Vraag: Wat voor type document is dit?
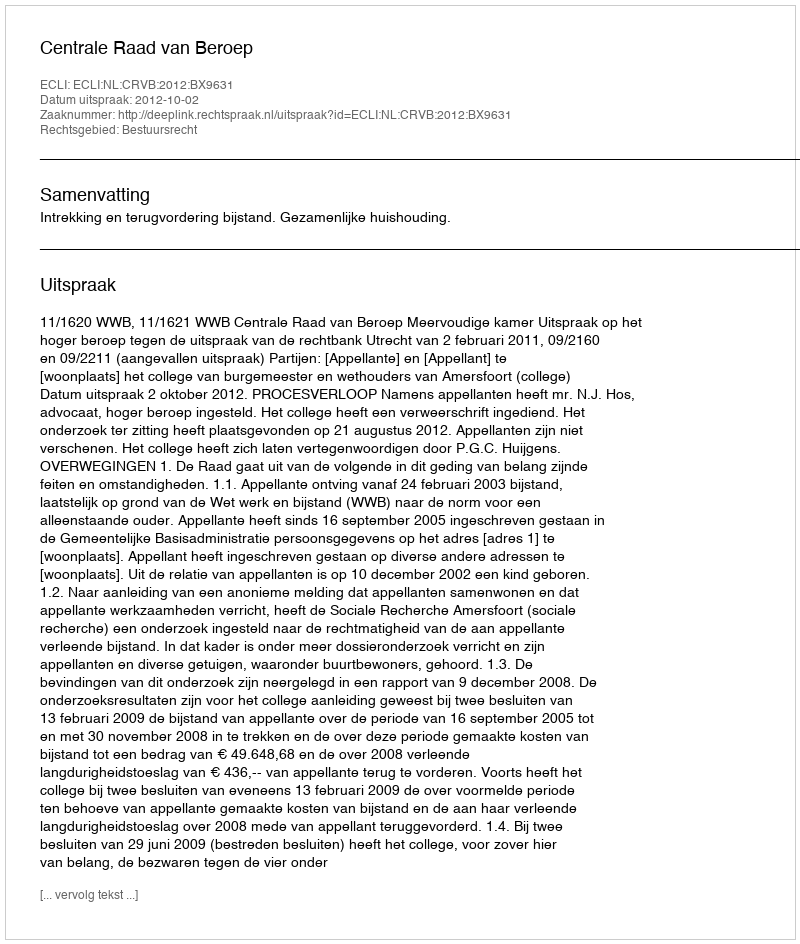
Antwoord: Uitspraak